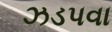
ઝડપવા